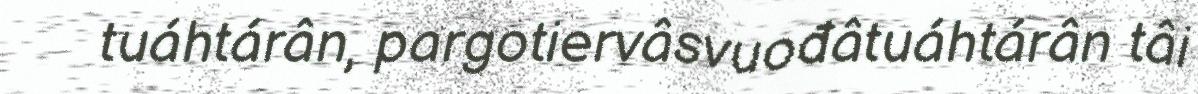
tuáhtárân, pargotiervâsvuođâtuáhtárân tâi